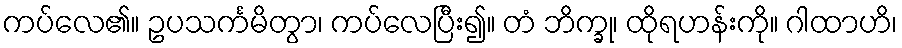
ကပ်လေ၏။ ဥပသင်္ကမိတွာ၊ ကပ်လေပြီး၍။ တံ ဘိက္ခု၊ ထိုရဟန်းကို။ ဂါထာဟိ၊